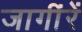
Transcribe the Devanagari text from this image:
जागींरें